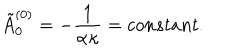
\tilde { A } _ { 0 } ^ { ( 0 ) } = - \frac { 1 } { \alpha \kappa } = c o n s t a n t .